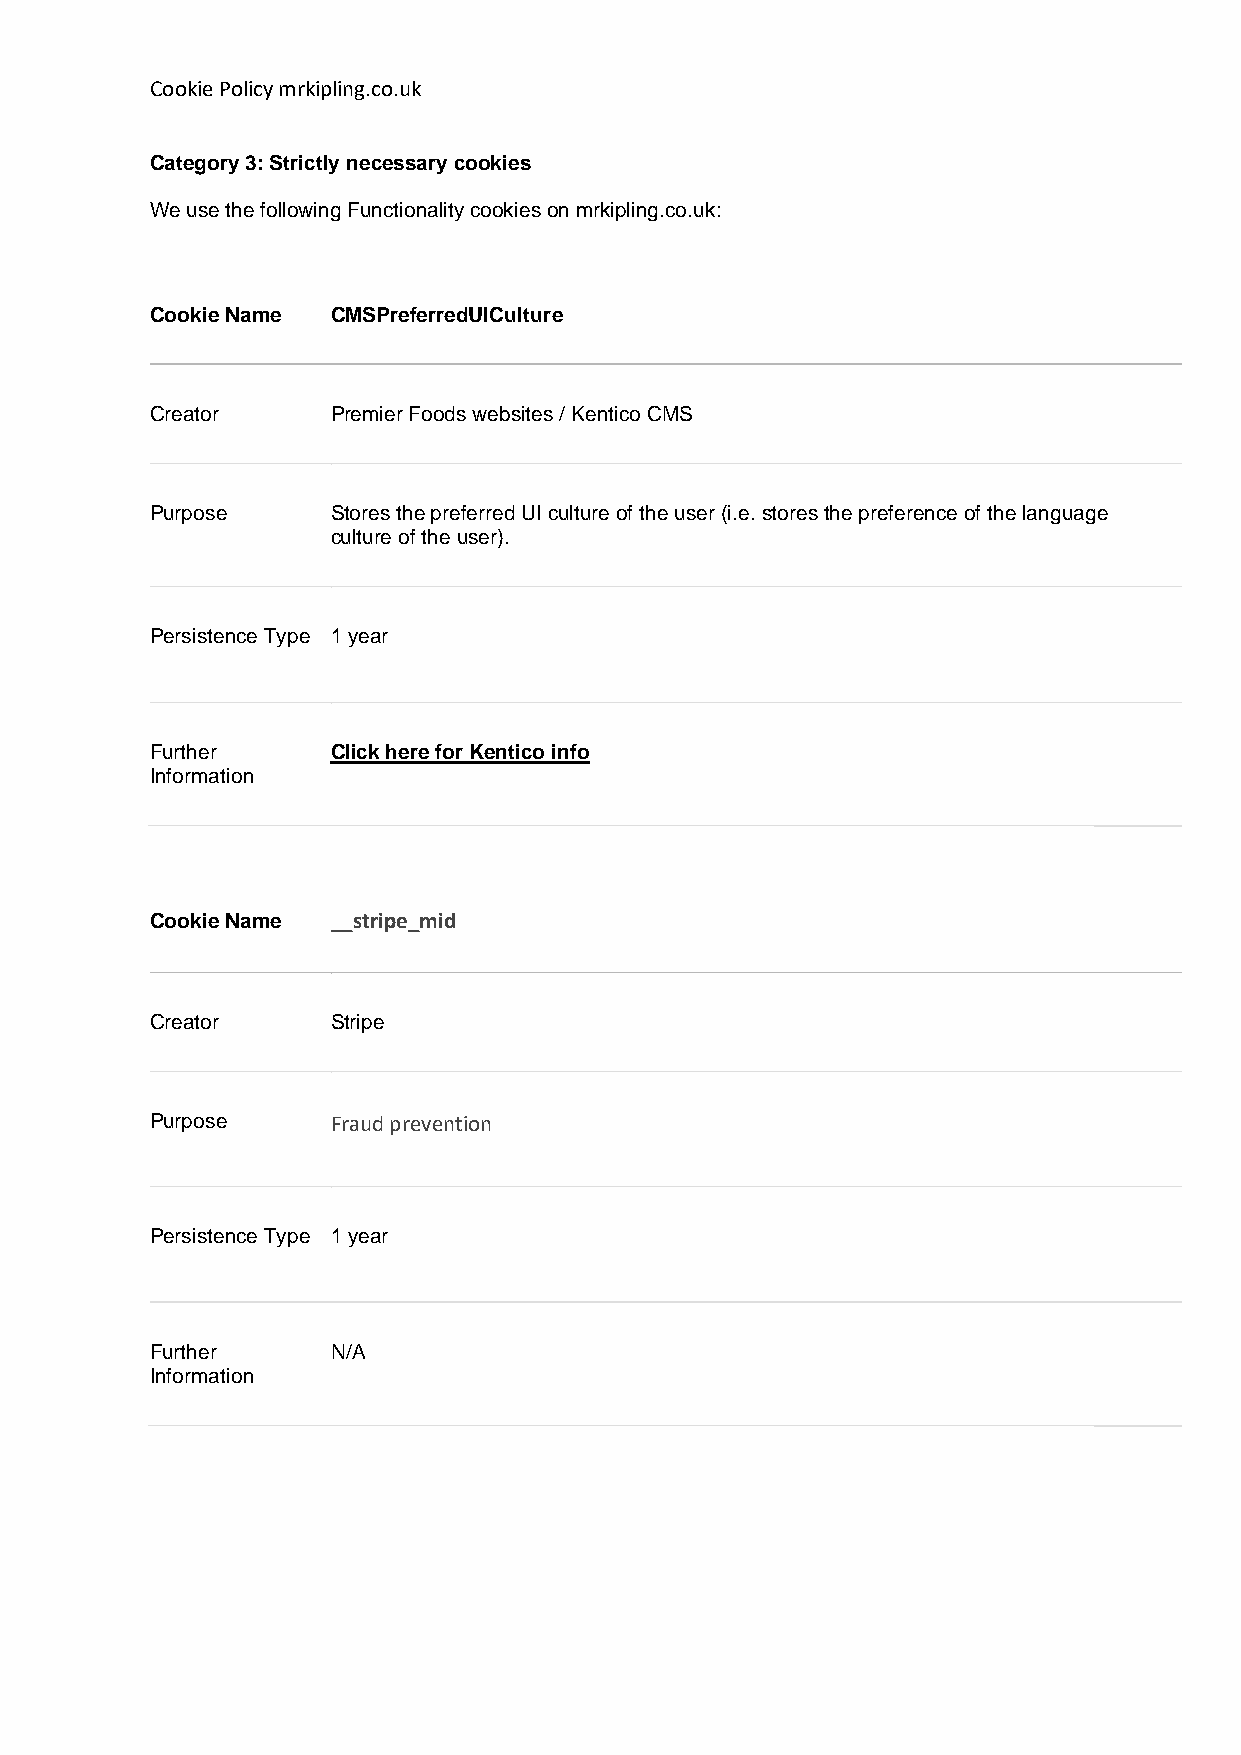
Cookie Policy mrkipling.co.uk
 Category 3: Strictly necessary cookies
 We use the following Functionality cookies on mrkipling.co.uk:
 Cookie Name CMSPreferredUICulture
 Creator     Premier Foods websites / Kentico CMS
 Purpose     Stores the preferred UI culture of the user (i.e. stores the preference of the language
 culture of the user).
 Persistence Type 1 year
 Further     Click here for Kentico info
 Information
 Cookie Name __stripe_mid
 Creator     Stripe
 Purpose     Fraud prevention
 Persistence Type 1 year
 Further     N/A
 Information